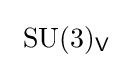
~\mathrm {SU} (3)_{\mathsf {V}}